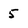
Character: 5